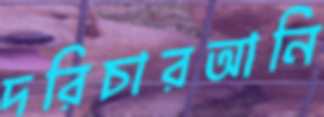
দরিচারআনি